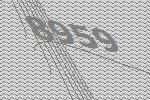
8959